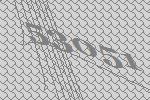
53051